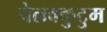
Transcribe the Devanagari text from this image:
चेलवकुटुम